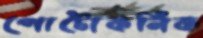
পোটোকনিক